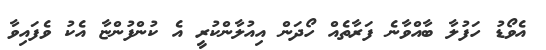
އެވޯޑު ހަފުލާ ބާއްވާނެ ފަރާތެއް ހޯދަން އިއުލާންކުރީ އެ ކުންފުންޏާ އެކު ވެފައިވާ